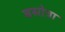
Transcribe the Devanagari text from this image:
बसोत्रा